Papers set at the Examination for Leaving Certificates, 1891
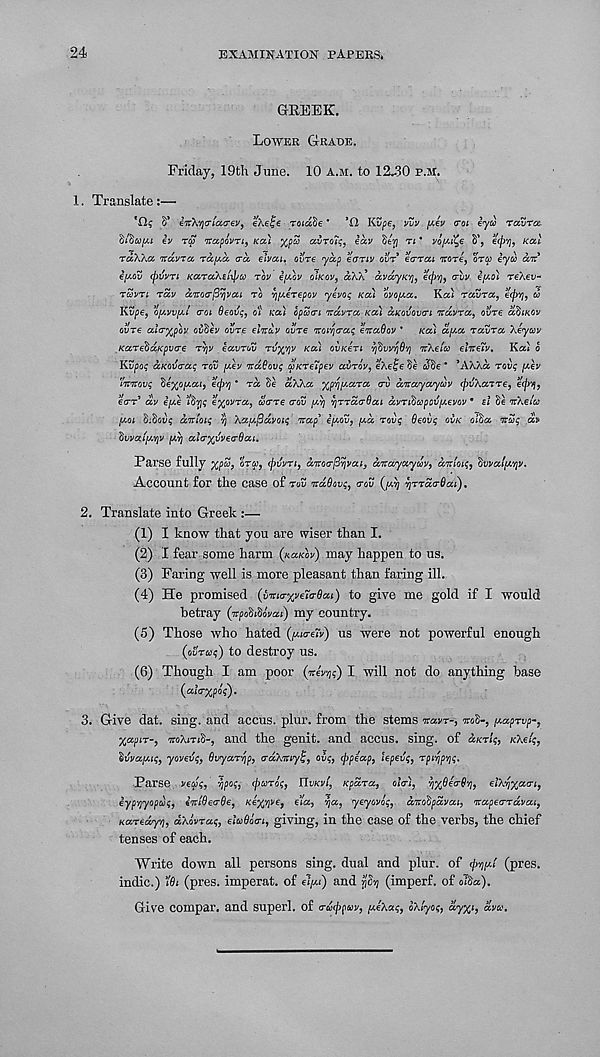
24
EXAMINATION PAPERS.
GEEEK.
LOWER GRADE.
Friday, 19th June. 10 A.M. to 12^30 p.M.
1.
Translate:—
8* iic\y]a'iaiT€V) e/.elje roiade *
*0 Kvpe, vvv yJy trot eyu raZra
fjl'duy.i ey raj TCapovn, Kai %p3 adroT;, eav ol'p n * vout^e 8’, etpy], Ktxl
raKka itawa rctpa. era elvai. ovTe yap early ovr earai arore, ora) tyw an
epiav (ptfvTi KaraAs/ipyj ror e/aov OIKOV, a).'A avayi<rn eepv], ervv ty.ol reXeu-
TUVTL TUV anocrjSvjvai TO ypieTepov ytvoc, Kai ovoy.a.
Ka. Tavra,
&
Kvpe, o/ayVIAL cot Beoijc;, O'L Ka) opucri ndvra Ka) CCKOVOLTL ndvra, ovre OBIKOV
oure alcrp'pov ovOtv ovre e.Tray ovre oroi'pcra; onadov *
Ka) d/Aa TGCVTO. Xeyuv
KaTebaKpva'e TV/V iavrov TV'/A/V Ka) OVK€TL '/j^wpOv] Tr/.e/w eliteiv.
Kat o
Kvpoi; ccKOvcaq rov [Aey ndBovi; cpKTeTpev avrov, eXelpe 8e JSe' ’A/./.d rove; [Aev
inicovs Se^o/xai, €(p’p ' TO. 8e aXka y^/A.ara TV dnayayuy (prfXaTTe, €(pq,
€TT* dv €[A€ idTji; e%oVTa, derre TOV /A)/ y/TrccTBai avTifiapov/Aevov • si 8e nXei'a
[AOL 8:801)5 aniois vj Aau.fidvQu; nap* S/AOV, jj.d rove Bsoix; OVK vita ndn; dv
ftwai/AV/v [Av] aLTy/vysTSai.
Parse fully %p%, ora, (pvvri, dnoTftvjiiaL, dnayayuv, anion;, Ovvat/J.'py.
Account for the case of rdij ndBov;, rav QATJ A/TTaTOai),
2. Translate into Greek :—
(1) I know that you are wiser than I.
(2) I fear some harm (xa/coy) may happen to us.
(3) Faring well is more pleasant than faring ill.
(4) He promised (imo-xyeio-flai) to give me gold if I would
betray (orpo&iSoWi) my country.
(5) Those who hated (/ALTSTV) US were not powerful enough
(OVTOJ;) to destroy us.
(6) Though I am poor (nevp;) I will not do anything base
(aiTxpo;).
3. Give dat. sing, and accus. plur. from the stems na.vT-, mi-, /Aaprvp-,
X’AfiT-, TOAITIS-, and the genit. and accus. sing, of a/cr/;, KXSLS,
ivvaiAi;, yoysvq, Svyarr/p, auAKiyi;, oi;, <ppsap, Upev;, rpi-f/p’r/;.
Parse ved;, -i/pos, rpuroi;, TlvKi/l, Kpdra, OIT), v/xtisa-Bvi, eiX^diri,
iypyyopuf, ftclBeTBe, Ksyyps, sla, r/a, y&yovo;, dnoipdvai, napsTTavai,
KaTsdyp, dXovTac,, eiaBotri, giving, in the case of the verbs, the chief
tenses of each.
Write down all persons sing, dual and plur. of
(pres,
indie.) ’l8i (pres, imperat. of S1/AL) and $ii»j (imperf. of olia).
Give COmpar, and Superl. of Tutjipoiv, [AeXxi;, oXlyOf, ayyi, dvcc.